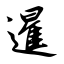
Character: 暹